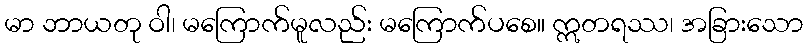
မာ ဘာယတု ဝါ၊ မကြောက်မူလည်း မကြောက်ပစေ။ ဣတရဿ၊ အခြားသော